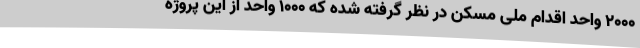
۲۰۰۰ واحد اقدام ملی مسکن در نظر گرفته شده که ۱۰۰۰ واحد از این پروژه